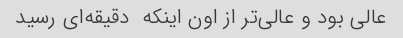
عالی بود و عالی‌تر از اون اینکه  دقیقه‌ای رسید